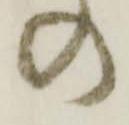
の